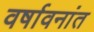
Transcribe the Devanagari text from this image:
वर्षावनांत